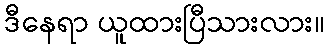
ဒီနေရာ ယူထားပြီသားလား။